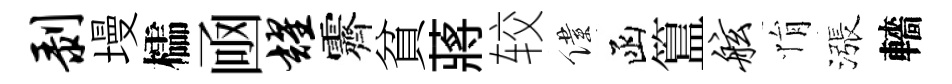
剥墁櫺凾耀霽貧蔣较僕函簋舷悁漲轖